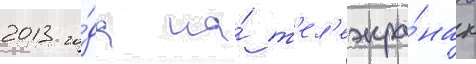
2013 го́да на́ т'ел'еэкра́нах